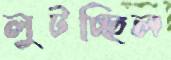
লুটচ্ছিল